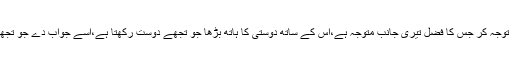
اسی کی طرف توجہ کر جس کا فضل تیری جانب متوجہ ہے،اس کے ساتھ دوستی کا ہاتھ بڑھا جو تجھے دوست رکھتا ہے،اُسے جواب دے جو تجھے بُلا رہا ہے۔